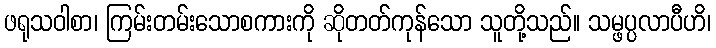
ဖရုသဝါစာ၊ ကြမ်းတမ်းသောစကားကို ဆိုတတ်ကုန်သော သူတို့သည်။ သမ္ဖပ္ပလာပီဟိ၊